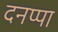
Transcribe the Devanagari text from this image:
दनप्पा